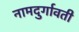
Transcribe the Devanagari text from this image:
नामदुर्गावती